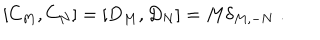
\left[ C _ { M } , C _ { N } \right] = \left[ D _ { M } , D _ { N } \right] = M \delta _ { M , - N } \; .